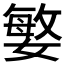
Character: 𭒘